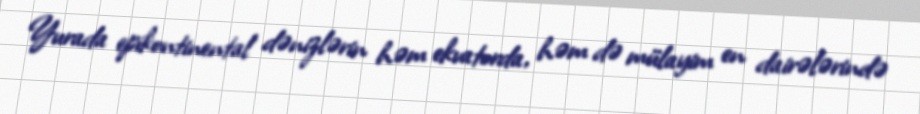
Yurada epikontinental dənizlərin həm ekvatorda, həm də mülayim en dairələrində